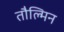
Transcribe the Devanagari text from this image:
तौल्मिन